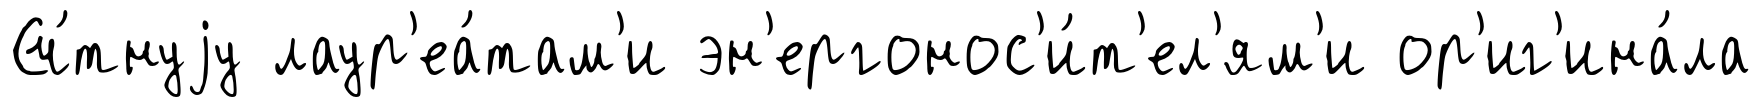
Сч́тнуjу лаур'еа́там'и эн'ергонос'и́т'ел'ям'и ор'иг'ина́ла